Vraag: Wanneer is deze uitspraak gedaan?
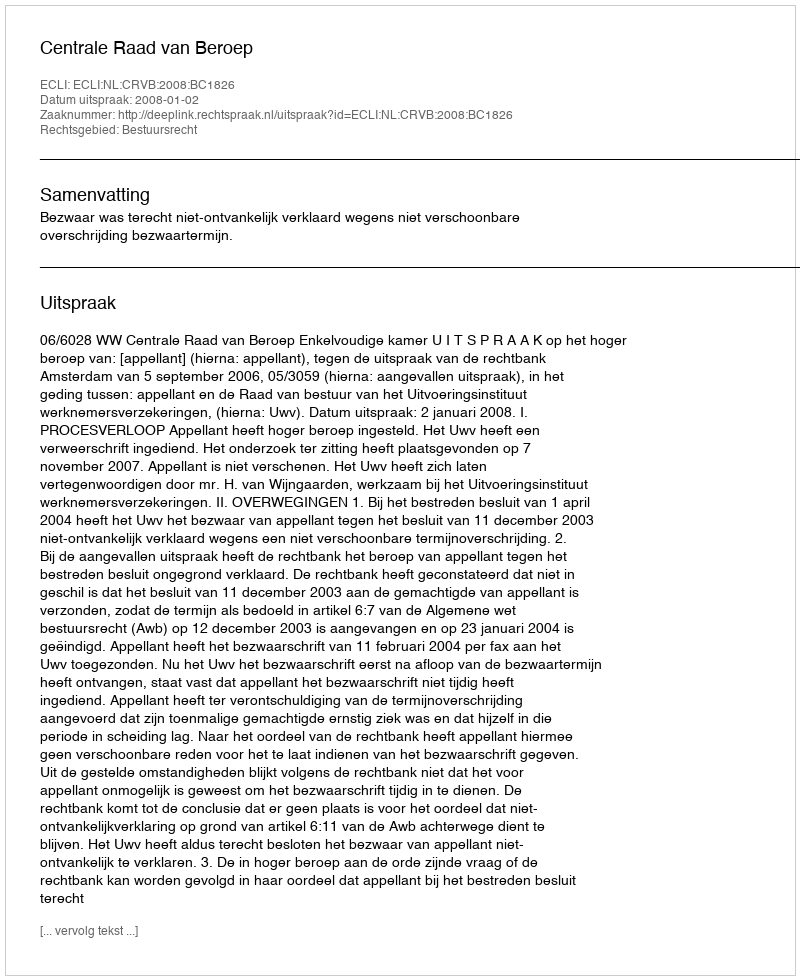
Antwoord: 2008-01-02